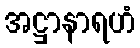
အဋ္ဌာနာရဟံ